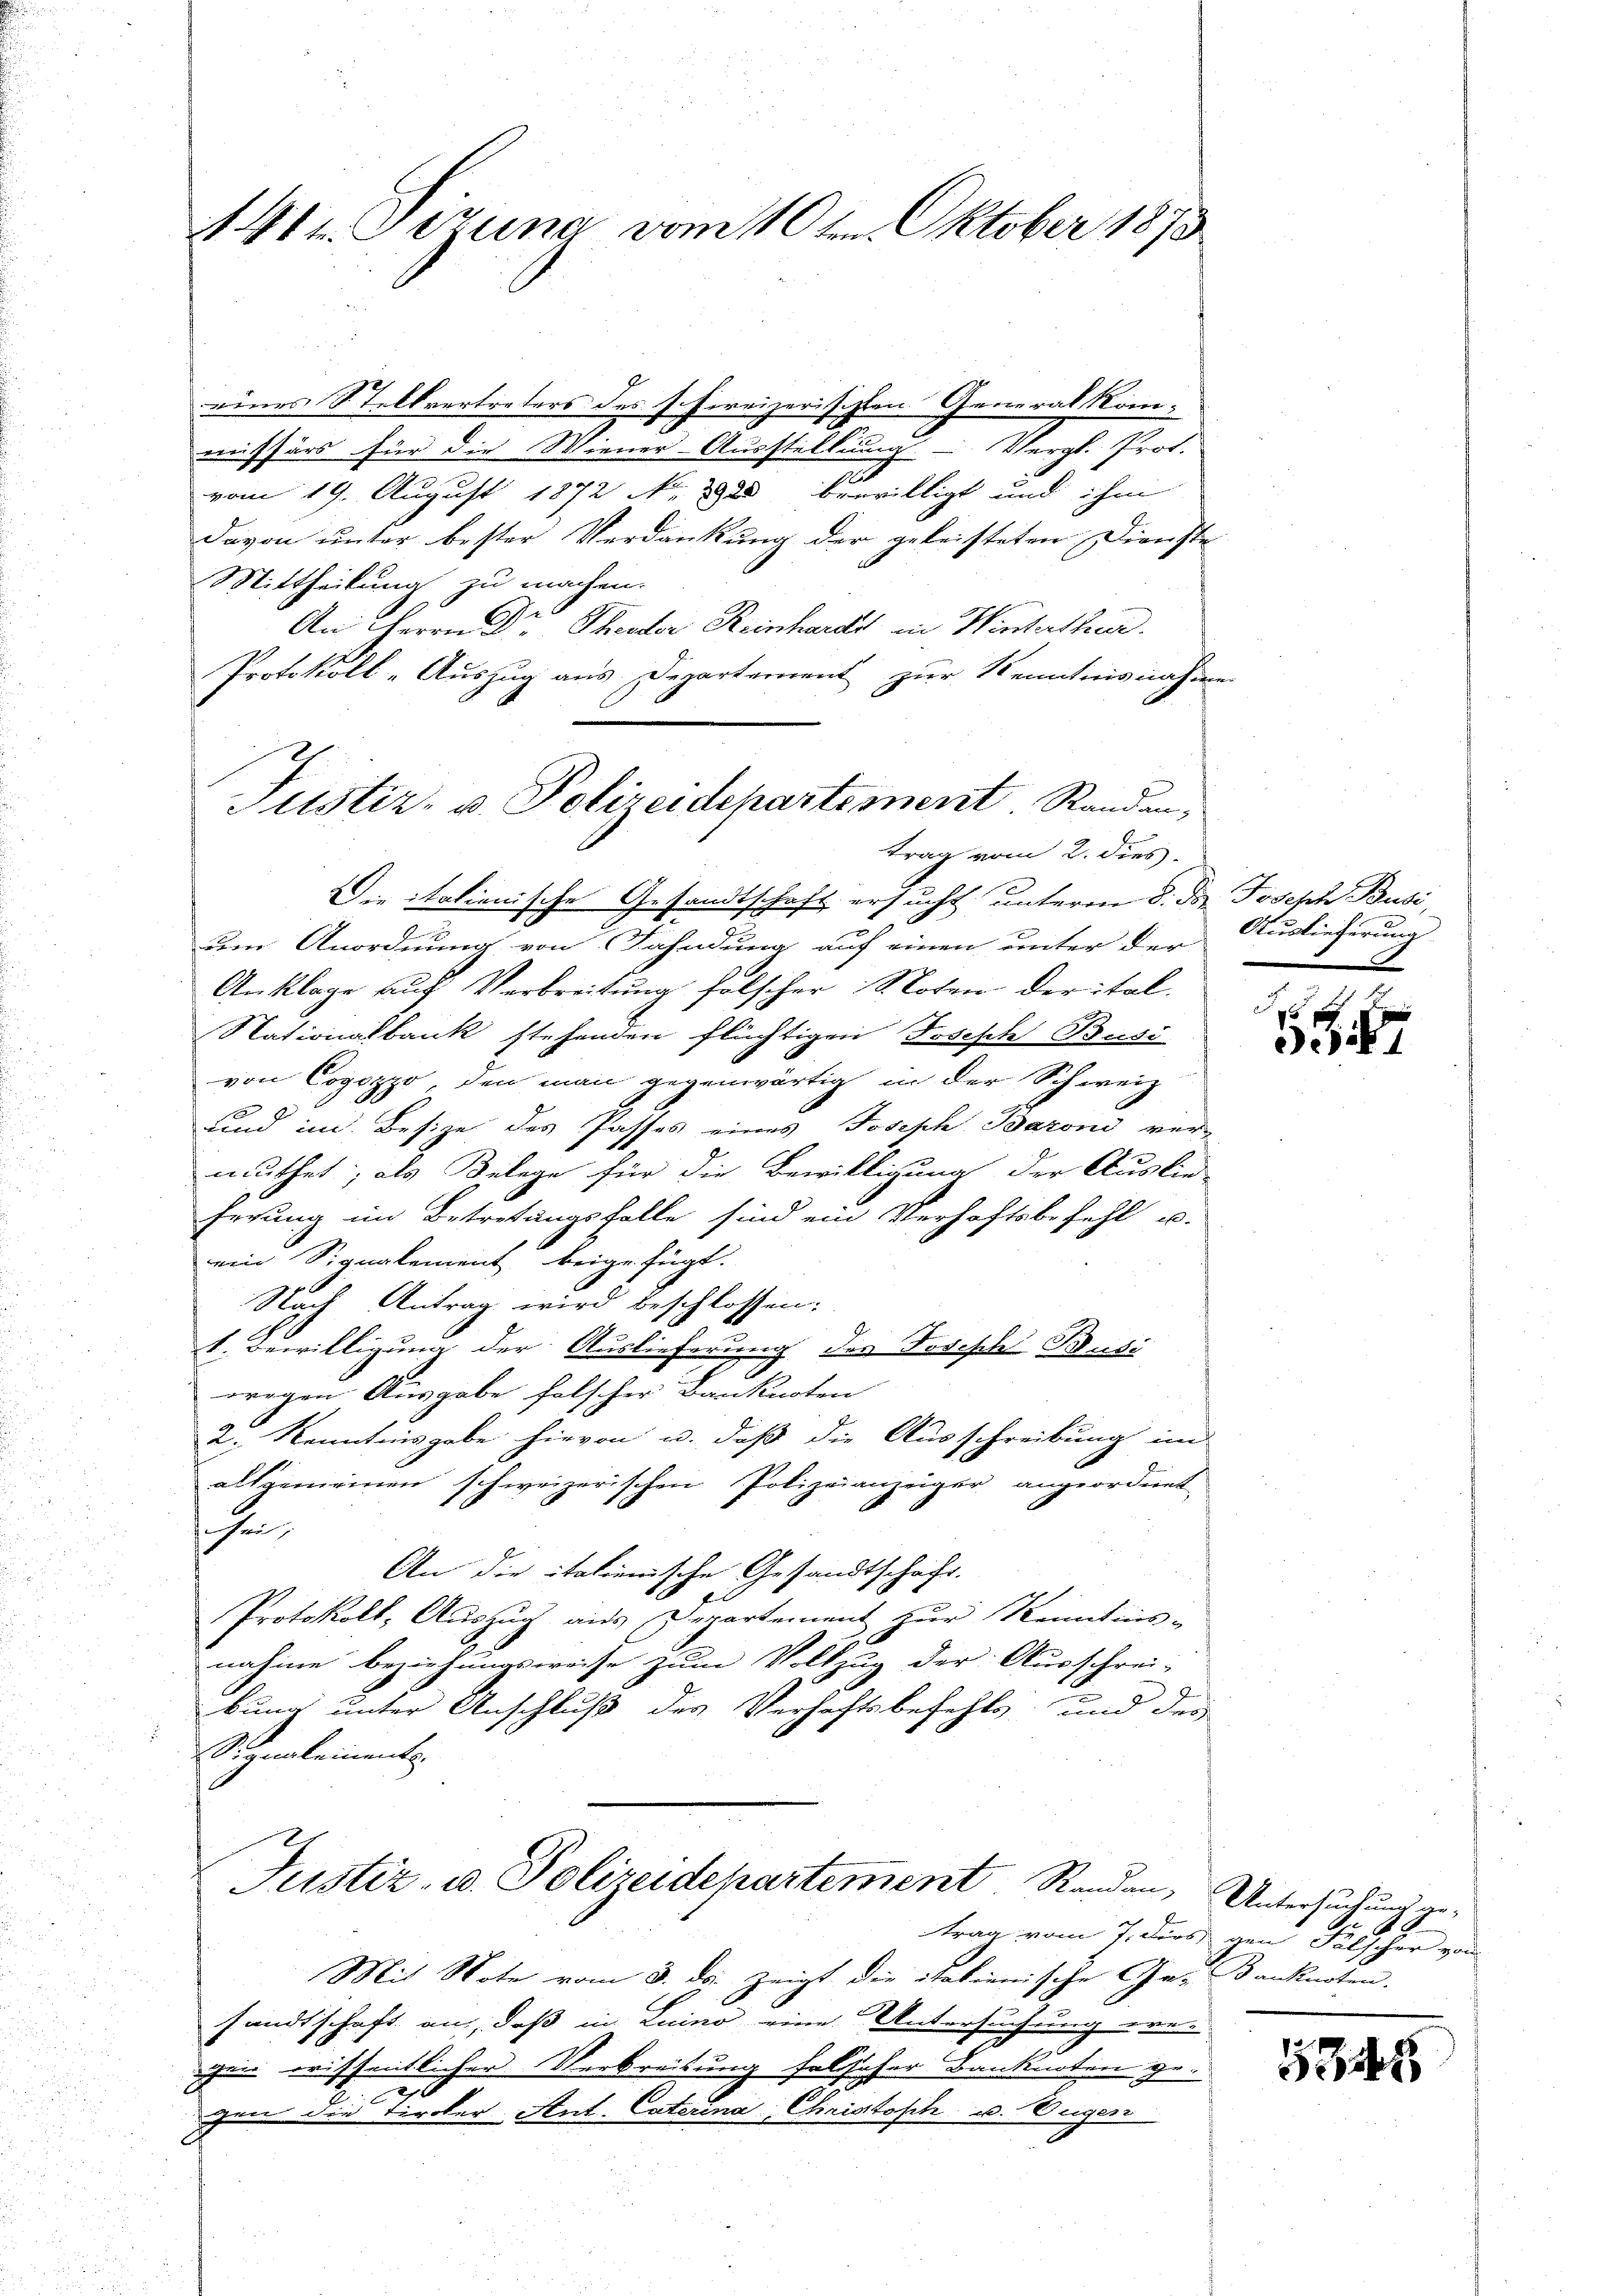
Akth. Sitzung vom 10ten Oktober 1873

eines Stellvertreters des schirrizerischten Generalkommissärs für die Wiener-Ausstellung - Vergl. Prof.
2
vom 19. August 1872 No 2920 bewilligt und ihm
Davon unter bester Verdankung der geleisteten Dienste
Mittheilung zu machen.
An Herrn Dr Theater Reinhardt in Winterthei
Protokoll-Auszug aus Departement zur Kenntnisnahm
trag vom 2. dies
Die italienische Gesandtschaft ersucht unterm 8. Der Joseph Busi,
s
um Anordnung von Fahndung auf einen unter der
Anklage auf Verbreitung falscher Noten der ital¬
Nationalbank stehenden flüchtigen Joseph Buss
von Copozzo, den man gegenwärtig in der Schweiz
und im Besize des Passes eines Joseph Baron ver-
muthet, als Belege für die Bewilligung der Auslie-
Errung im Betretungsfalle sind ein Verhaftsbefehl u.
ein Signalement beigefügt.
Nach Antrag wird beschlossen:
1. Bewilligung der Auslieferung des Joseph Busi
.
wegen Ausgabe falscher Banknoten
2. Kenntnisgabe hievon u. daß die Ausschreibung in
allgemeinen schweizerischen Polizeianzeiger angeordnet
schen,
An die italienische Gesandtschaft.
Protokoll, Auszug aus Departement zur Kenntnis-
nahme beziehungsweise zum Vollzug der Ausschrei-
bung unter Anschluß des Verhaftsbefehls und der
Signalements
Justiz- u. Polizeidepartement Randen, Untersuchung ge¬
Mit Note vom 3. ds. zeigt die italienische Ge- anknoten.
sandtschaft an, daß in Luino eine Untersuchung ere-
gen wiffentlicher Verbreitung falscher Banknoten geggen die Tiroler Ant. Caterina Christoph u. Eugen

Justiz- u. Polizeidepartement. Randan;

Auslieferung
F

5

trag vom 7. dies gen Fälscher von

1348